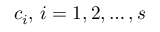
c _ { i } , \, i = 1 , 2 , \ldots , s